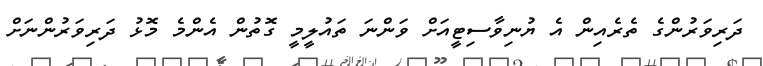
ދަރިވަރުންގެ ތެރެއިން އެ ޔުނިވާސިޓީއަށް ވަންނަ ތައުލީމީ ގޮތުން އެންމެ މޮޅު ދަރިވަރުންނަށް